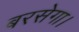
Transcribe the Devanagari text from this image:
बरसेगा।